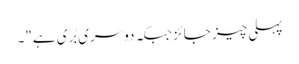
پہلی چیز جائز جبکہ دوسری بُری ہے"۔